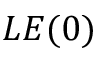
L E ( 0 )